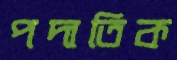
পদাতিক